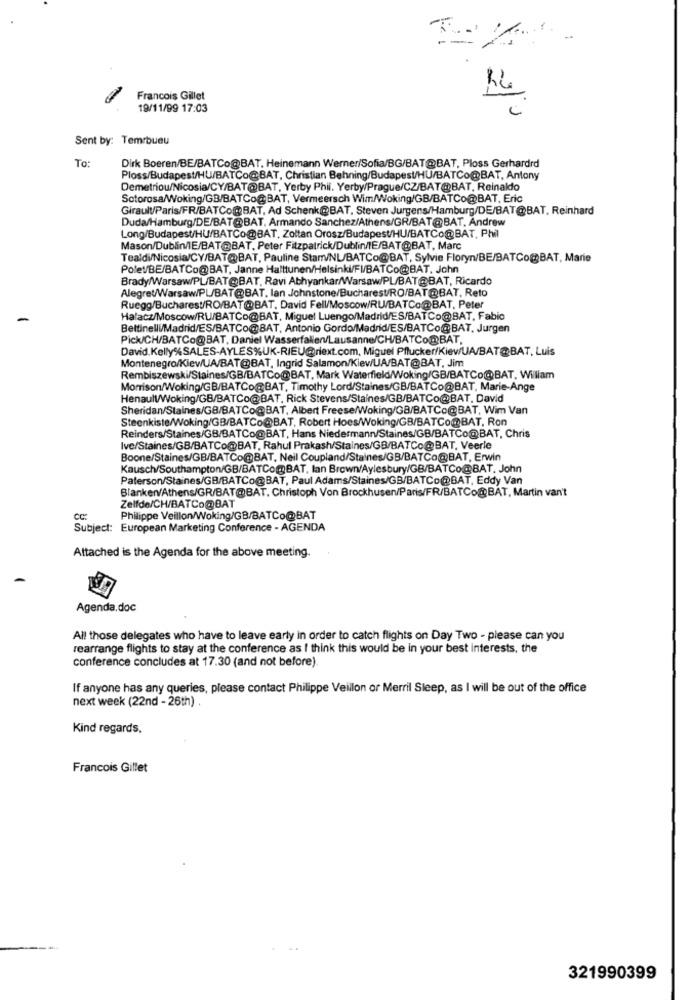
Francois Gillet
19/11/99 17:03
Sent by: Temrbueu
To:
Dirk Boeren/BE/BATCo@BAT. Heinemann Werner/Sofia/BG/BAT@BAT, Ploss Gerhardrd
Ploss/Budapest/HU/BATCo@BAT, Christian Behning/Budapest/HU/BATCo@BAT, Antony
Demetriou/Nicosia/CY/BAT@BAT, Yerby Phil. Yerby/Prague/CZ/BAT@BAT, Reinaldo
Sotorosa/Woking/GB/BATCo@BAT, Vermeersch Wim/Woking/GB/BATCo@BAT, Eric
Girault/Paris/FR/BATCo@BAT, Ad Schenk@BAT, Steven Jurgens/Hamburg/DE/BAT@BAT, Reinhard
Duda/Hamburg/DE/BAT@BAT, Armando Sanchez/Athens/GR/BAT@BAT, Andrew
Long/Budapest/HU/BATCo@BAT, Zoltan Orosz/Budapest/HU/BATCo@BAT, Phil
Mason/Dublin/IE/BAT@BAT, Peter Fitzpatrick/Dublin/IE/BAT@BAT, Marc
Tealdi/Nicosia/CY/BAT@BAT, Pauline Stam/NL/BATCo@BAT, Sylvie Floryn/BE/BATCo@BAT, Marie
Polet/BE/BATCo@BAT, Janne Halttunen/Helsinki/FI/BATCo@BAT, John
Brady/Warsaw/PL/BAT@BAT, Ravi Abhyankar/Warsaw/PL/BAT@BAT, Ricardo
Alegret/Warsaw/PL/BAT@BAT. lan Johnstone/Bucharest/RO/BAT@BAT, Reto
Ruegg/Bucharest/RO/BAT@BAT, David Fell/Moscow/RU/BATCo@BAT, Peter
Halacz/Moscow/RU/BATCo@BAT, Miguel Luengo/Madrid/ES/BATCo@BAT, Fabio
Bettinelli/Madrid/ES/BATCo@BAT, Antonio Gordo/Madrid/ES/BATCo@BAT, Jurgen
Pick/CH/BATCo@BAT, Daniel Wasserfallen/Lausanne/CH/BATCo@BAT,
David.Kelly% SALES-AYLES%UK-RIEU@riext.com, Miguel Pflucker/KiewUA/BAT@BAT, Luis
Montenegro/KiewUA/BAT@BAT, Ingrid Salamon/Kiev/UA/BAT@BAT, Jim
Rembiszewski/Staines/GB/BATCo@BAT, Mark Waterfield/Woking/GB/BATCo@BAT, Willam
Morrison/Woking/GB/BATCo@BAT, Timothy Lord/Staines/GB/BATCo@BAT, Marie-Ange
Henaull/Woking/GB/BATCo@BAT. Rick Stevens/Staines/GB/BATCo@BAT. David
Sheridan/Staines/GB/BATCo@BAT, Albert Freese/Woking/GB/BATCo@BAT, Wim Van
Steenkiste/Woking/GB/BATCo@BAT, Robert Hoes/Woking/GB/BATCo@BAT, Ron
Reinders/Staines/GB/BATCo@BAT, Hans Niedermann/Staines/GB/BATCo@BAT, Chris
Ive/Staines/GB/BATCo@BAT, Rahul Prakash/Staines/GB/BATCo@BAT, Veerle
Boone/Staines/GB/BATCo@BAT, Neil Coupland/Staines/GB/BATCo@BAT, Erwin
Kausch/Southampton/GB/BATCo@BAT, lan Brown/Aylesbury/GB/BATCo@BAT. John
Paterson/Staines/GB/BATCo@BAT, Paul Adams/Staines/GB/BATCo@BAT, Eddy Van
Blanken/Athens/GR/BAT@BAT, Christoph Von Brockhusen/Paris/FR/BATCo@BAT, Martin van't
Zelfde/CH/BATCo@BAT
cc:
Philippe Veillon/Woking/GB/BATCo@BAT
Subject: European Marketing Conference - AGENDA
Attached is the Agenda for the above meeting.
Agenda.doc
All those delegates who have to leave early in order to catch flights on Day Two - please can you
rearrange flights to stay at the conference as I think this would be in your best interests, the
conference concludes at 17.30 (and not before)
If anyone has any queries, please contact Philippe Veillon or Merril Sleep, as I will be out of the office
next week (22nd - 26th) .
Kind regards.
Francois Gillet
321990399